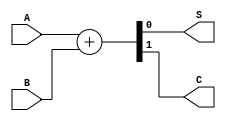
module HA(A,B,S,C);
	input	A,B ;
	output	S,C ;
	assign {C,S} = A + B;
endmodule

module lianxi02(A,B,Ci,Co,S);
	input 	A,B,Ci;
	output	Co,S  ;
	reg	Co,S  ;
	wire	cout1,cout2,S1,FA;
	
	HA ha1(.A(A),.B(B),.S(FA),.C(cout1));
	HA ha2(.A(FA),.B(Ci),.S(S1),.C(cout2));
	always@(*)begin
		Co = cout1 | cout2;
		S  = S1;
	end
endmodule